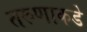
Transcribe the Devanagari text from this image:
तरुणाकडे